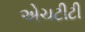
એચટીટી